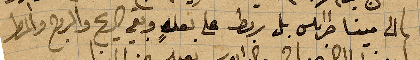
الى مينا طرابلس بل ربط على بغله وبقي الريح والروح والمطر